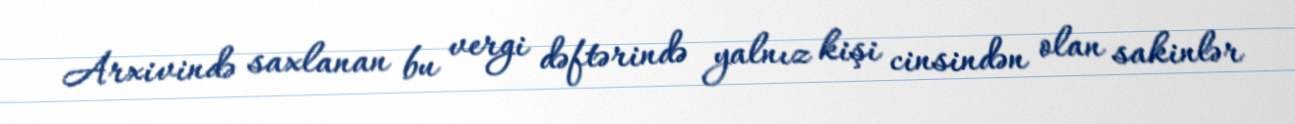
Arxivində saxlanan bu vergi dəftərində yalnız kişi cinsindən olan sakinlər